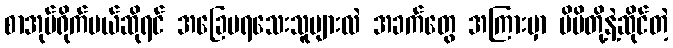
စာအုပ်ရိုက်မယ်ဆိုရင် အခြေမရသေးသူများလဲ အခက်တွေ အကြားမှာ မိမိတို့နဲ့ဆိုင်တဲ့